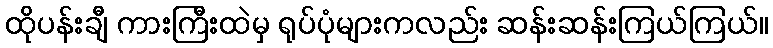
ထိုပန်းချီ ကားကြီးထဲမှ ရုပ်ပုံများကလည်း ဆန်းဆန်းကြယ်ကြယ်။